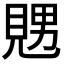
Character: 𧡇